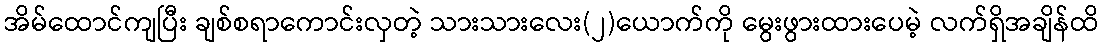
အိမ်ထောင်ကျပြီး ချစ်စရာကောင်းလှတဲ့ သားသားလေး(၂)ယောက်ကို မွေးဖွားထားပေမဲ့ လက်ရှိအချိန်ထိ